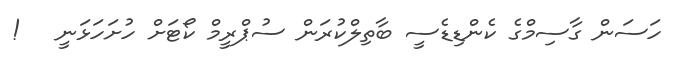
ހަސަން ގާސިމްގެ ކެންޑިޑެސީ ބާތިލްކުރަން ސުޕްރީމް ކޯޓަށް ހުށަހަޅަނީ   !